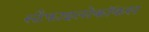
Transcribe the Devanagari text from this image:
स्टैफाइलोकॉकस